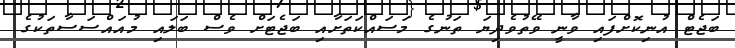
ބަޖެޓް އުނިކޮށްފައި ވާނީ ވޭތުވެދިޔަ ތަނުގެ މަސައްކަތަށާއި ބަޖެޓަށް ވެސް ބަލައި މުއައްސަސާތަކުގެ